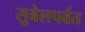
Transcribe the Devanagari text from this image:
सुबेलपर्वत